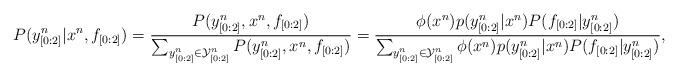
LaTeX: \begin{align*}P(y^{n}_{[0:2]}|x^{n},f_{[0:2]}) = \frac{P(y^{n}_{[0:2]},x^{n},f_{[0:2]})}{\sum_{y^{n}_{[0:2]} \in \mathcal{Y}^{n}_{[0:2]}}P(y^{n}_{[0:2]},x^{n},f_{[0:2]})} =\frac{\phi(x^{n})p(y^{n}_{[0:2]}|x^{n})P(f_{[0:2]}|y^{n}_{[0:2]})}{\sum_{y^{n}_{[0:2]} \in \mathcal{Y}^{n}_{[0:2]}}\phi(x^{n})p(y^{n}_{[0:2]}|x^{n})P(f_{[0:2]}|y^{n}_{[0:2]})},\end{align*}